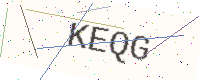
Text: KEQG